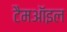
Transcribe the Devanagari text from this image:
टैमऑइल